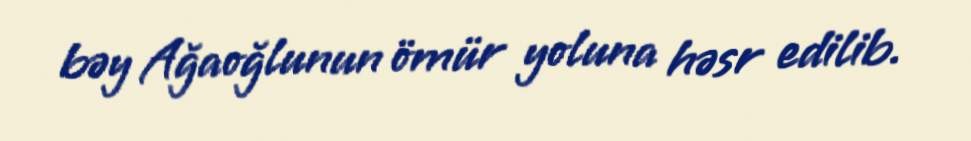
bəy Ağaoğlunun ömür yoluna həsr edilib.